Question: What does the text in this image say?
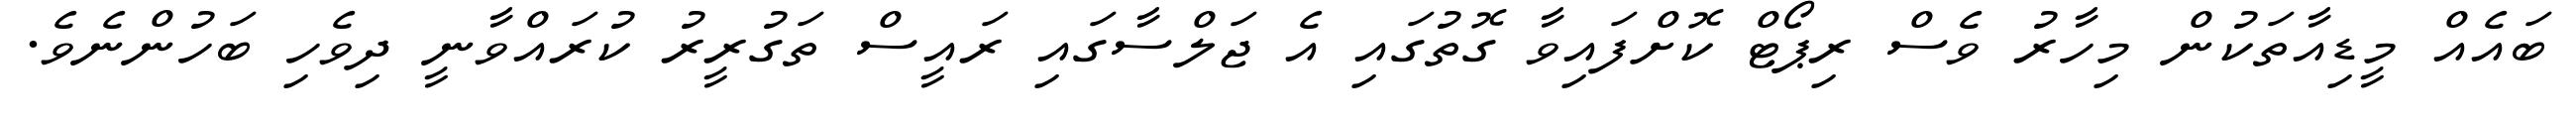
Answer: ބައެއް މީޑިއާތަކުން މިހާރު ވެސް ރިޕޯޓް ކޮށްފައިވާ ގޮތުގައި އެ ޖަލްސާގައި ރައީސް ތަގުރީރު ކުރައްވާނީ ދިވެހި ބަހުންނެވެ.